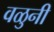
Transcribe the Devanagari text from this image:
वळुनी